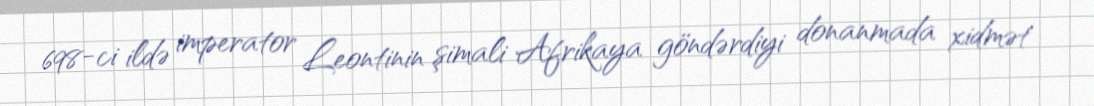
698-ci ildə imperator Leontinin şimali Afrikaya göndərdiyi donanmada xidmət